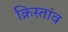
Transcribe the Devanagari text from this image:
क्रिस्तांव